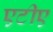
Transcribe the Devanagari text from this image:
एटीए